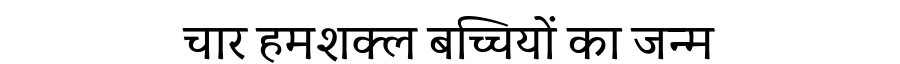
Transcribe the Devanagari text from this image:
चार हमशक्ल बच्चियों का जन्म